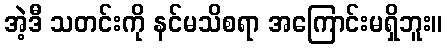
အဲ့ဒီ သတင်းကို နင်မသိစရာ အကြောင်းမရှိဘူး။